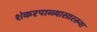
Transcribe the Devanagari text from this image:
शंकरपाळ्यासारख्या